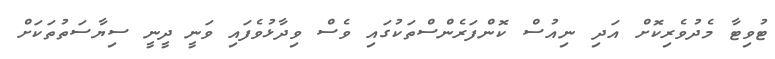
ޓުވިޓާ މެދުވެރިކޮށް އަދި ނިއުސް ކޮންފަރެންސްތަކުގައި ވެސް ވިދާޅުވެފައި ވަނީ ދީނީ ސިޔާސަތުތަކަށް